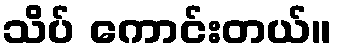
သိပ် ကောင်းတယ်။